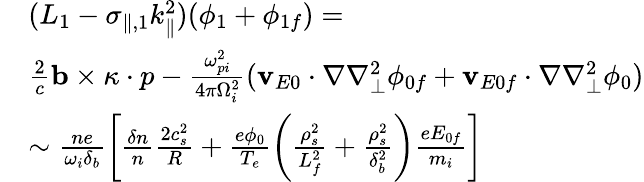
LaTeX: \begin{array}{rl}&{(L_{1}-\sigma_{\parallel,1}k_{\parallel}^{2})(\phi_{1}+\phi_{1f})=}\\ &{\frac{2}{c}\mathbf{b}\times\mathbf{\kappa}\cdot p-\frac{\omega_{pi}^{2}}{4\pi\Omega_{i}^{2}}(\mathbf{v}_{E0}\cdot\nabla\nabla_{\perp}^{2}\phi_{0f}+\mathbf{v}_{E0f}\cdot\nabla\nabla_{\perp}^{2}\phi_{0})}\\ &{\sim\frac{ne}{\omega_{i}\delta_{b}}\left[\frac{\delta n}{n}\frac{2c_{s}^{2}}{R}+\frac{e\phi_{0}}{T_{e}}\left(\frac{\rho_{s}^{2}}{L_{f}^{2}}+\frac{\rho_{s}^{2}}{\delta_{b}^{2}}\right)\frac{eE_{0f}}{m_{i}}\right]}\end{array}